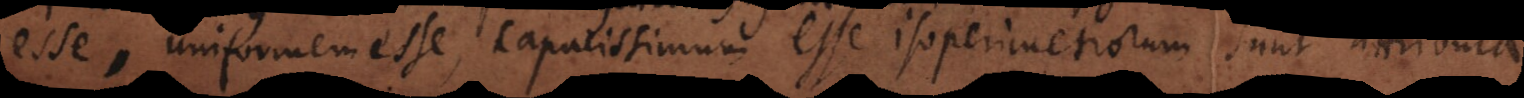
esse, uniformem esse, capacissimum esse isoperimetrorum sunt attributa